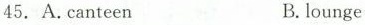
45. A.canteen B.lounge